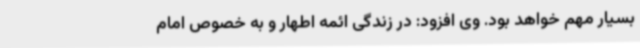
بسیار مهم خواهد بود. وی افزود: در زندگی ائمه اطهار و به خصوص امام